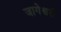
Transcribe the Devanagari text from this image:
जागेश्वरी